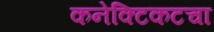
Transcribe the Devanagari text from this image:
कनेक्टिकटचा